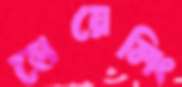
হোয়েলিং